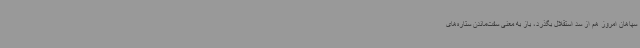
سپاهان امروز هم از سد استقلال بگذرد، باز به معنی سفت‌ماندن ستاره‌های